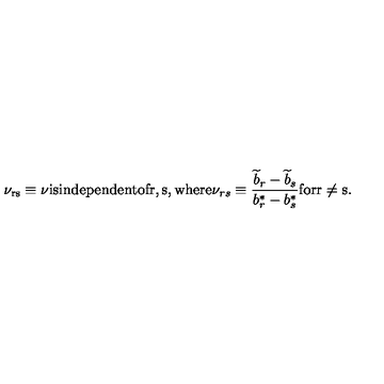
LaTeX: \mathrm { \nu _ { r s } \equiv \nu i s i n d e p e n d e n t o f r , s , w h e r e } \nu _ { r s } \equiv { \frac { { \widetilde b } _ { r } - { \widetilde b } _ { s } } { b _ { r } ^ { * } - b _ { s } ^ { * } } } \mathrm { f o r r \not = s . }